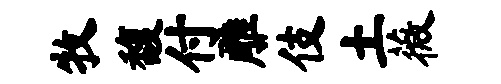
牧馥付雕伎土薇